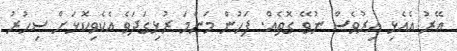
އޭރު އެއެޅި އިރުވެސް ނުވޭ ގޮތެއް. ފަހުން މަންމަ ރުޅިގަދަވެ އެކެވިކޮޅަށް ސިހުރު